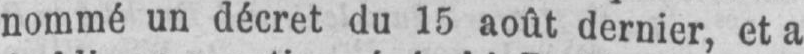
nommé un décret du 15 août dernier, et a